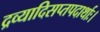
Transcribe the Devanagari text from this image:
द्रव्यादिसप्तपदार्थाः।